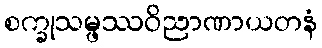
စက္ခုသမ္ဖဿဝိညာဏာယတနံ